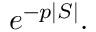
e ^ { - p | S | } .